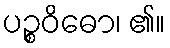
ပဉ္စဝိဓော၊ ၏။